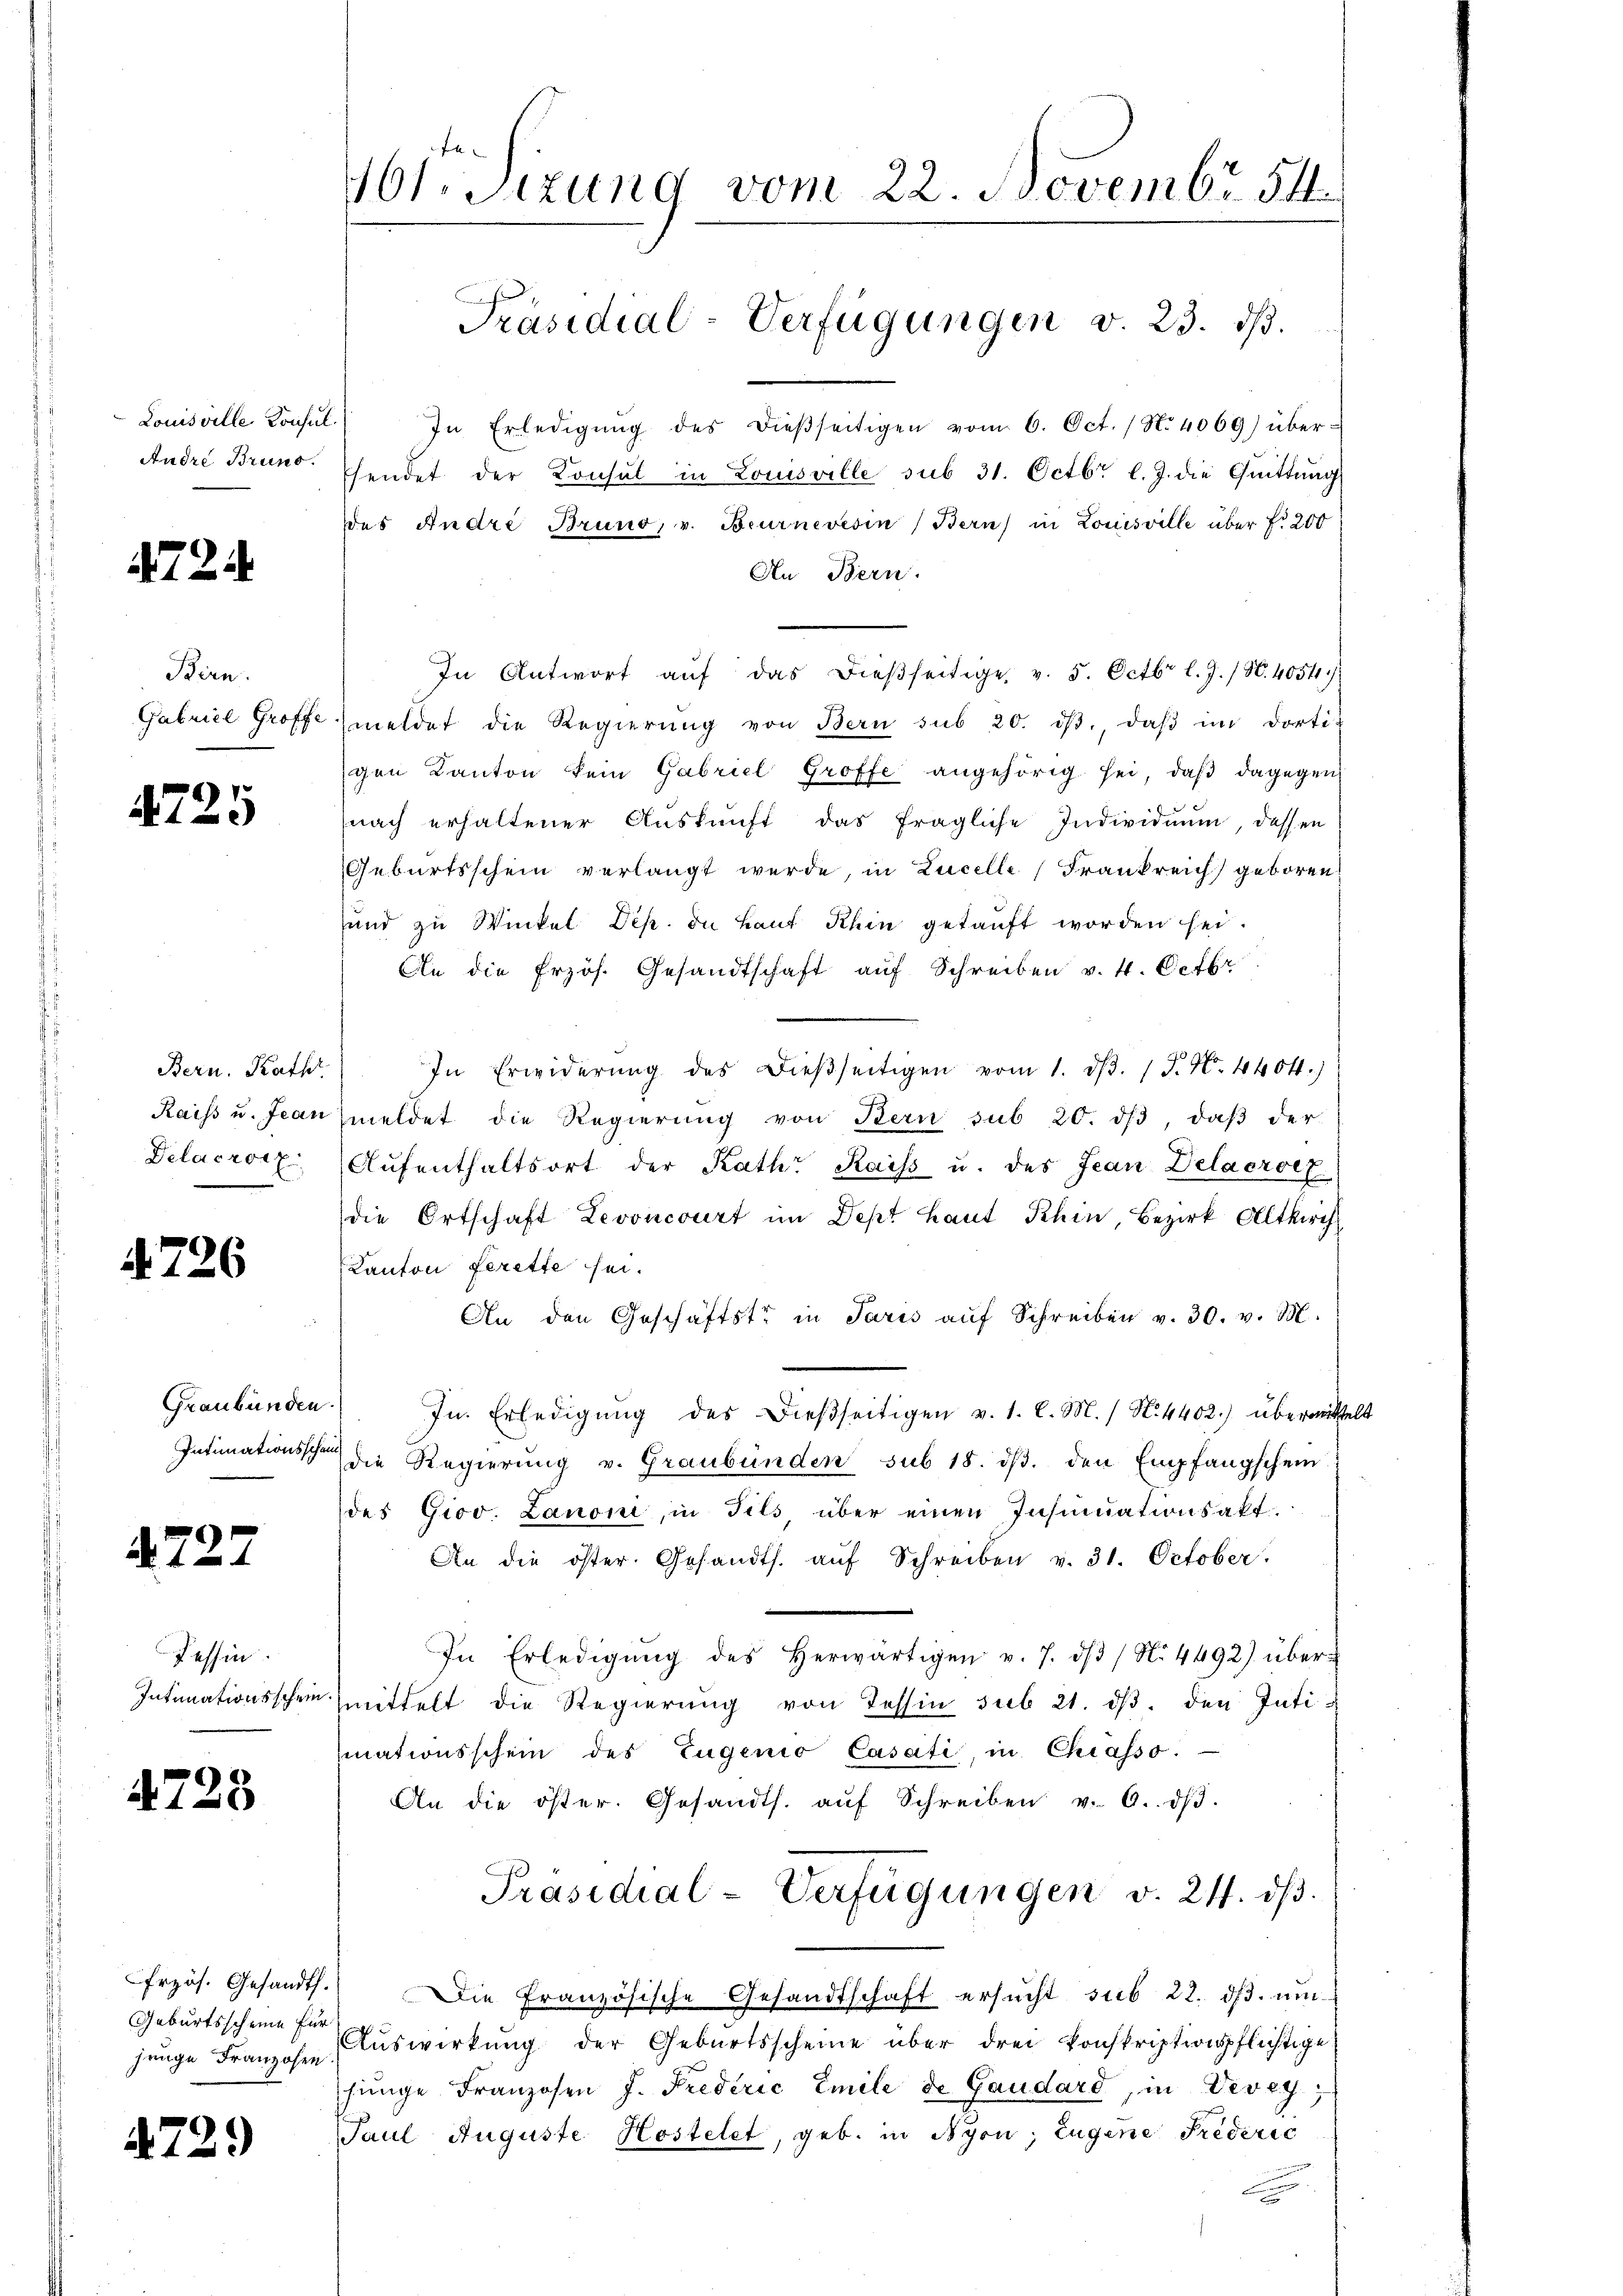
Louisville Konsul
Andre Bruno.

724.

Birn.

4725

Bern. Kath.

4. 726

Graubünden.
Intimationsschein

4727

Tessin.

4728

Geburtsscheine für

4729)

1t. Sizung vom 22. Novembr. 54.
Präsidial-Verfügungen v. 23. ds.

In Erledigŭng des dießseitigen vom 6. Oct. / N. 4069) über-
endet der Konsul in Louisville sub 31. Octbr. l. J. die Quittung
des Andre Bruno, v. Beurnevesin (Bern) in Louisville über f. 200
An Bern.
In Antwort aŭf das dieβseitige v. 5. Octbr l. J. / N. 4054)
Gabriel Groffe meldet die Regierŭng von Bern sub 20. dβ, daβ im dorti-
gen Kanton kein Gabriel Groffe angehörig sei, daβ dagegen
nach erhaltener Aŭskŭnft das fragliche Individuum, dassen
Geburtsschein verlangt werde, in Lucelle (Frankreich geboren
und zu Winkel Dip. in Lauf hin getauft worden sei.
An die frzös. Gesandtschaft aŭf Schreiben v. 4. Octbr
In Erwiderŭng des dieβseitigen vom 1. d. 1 P. N. 4404.)
Raiss u. Jean meldet die Regierŭng von Kern sub 20. dβ daβ der
Delacroix, Aŭfenthaltsort der Kath. Kaiss u. des Jean Delacroef
die Ortschaft Levoncourt im Dept Laut Khin, Bezirk Altkirch
Kanton ferette sei.
An den Geschäftste in Paris aŭf Schreiben v. 30. v. M.
In Erledigŭng des dießseitigen v. 1. l. M. / N. 4402) übermittelt
die Regierung v. Graubünden sub 18. dβ. den Empfangschein
des Giov. Lanoni, in Fils über einen Insinuationsakt
An die öster. Gesandts. auf Schreiben v. 31. October.
In Erledigŭng des herwärtigen v. 7. dβ / N. 4492) über¬
Intimationsschein mittelt die Regierung von Tessin sub 21. dβ. den Intimationsschein des Eugenio Casati, in Chiasso.
An die öster. Gesandts. aŭf Schreiben v. 6. dβ.
Präsidial-Verfügungen v. 24. dβ.
frzös. Gesandt. Die Französische Gesandtschaft ersŭcht sub 22. dβ. umhenge Franzosen Auswirkung der Geburtsscheine über drei Konskriptionspflichtige
singe Franzosen J. Frederić Emile de Gaudard, in Vevey;
Paul Auguste Kostetet, geb. in Nyon, Eugene Frideric
e